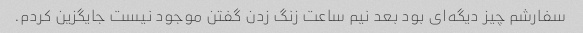
سفارشم چیز دیگه‌ای بود بعد نیم ساعت زنگ زدن گفتن موجود نیست جایگزین کردم.